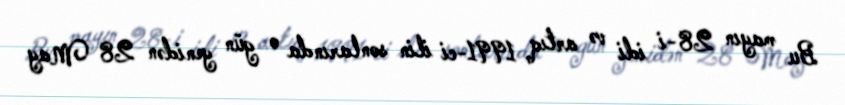
Bu mayın 28-i idi və artıq 1991-ci ilin sonlarında o gün yenidən 28 May